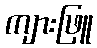
ကျားဖြူ